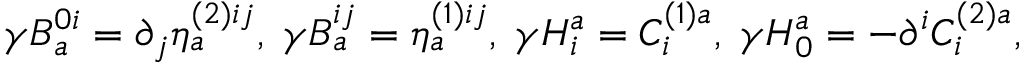
\gamma B _ { a } ^ { 0 i } = \partial _ { j } \eta _ { a } ^ { ( 2 ) i j } , \; \gamma B _ { a } ^ { i j } = \eta _ { a } ^ { ( 1 ) i j } , \; \gamma H _ { i } ^ { a } = C _ { i } ^ { ( 1 ) a } , \; \gamma H _ { 0 } ^ { a } = - \partial ^ { i } C _ { i } ^ { ( 2 ) a } ,